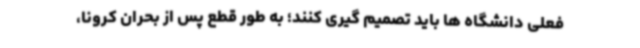
فعلی دانشگاه ها باید تصمیم گیری کنند؛ به طور قطع پس از بحران کرونا،